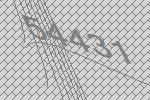
54431